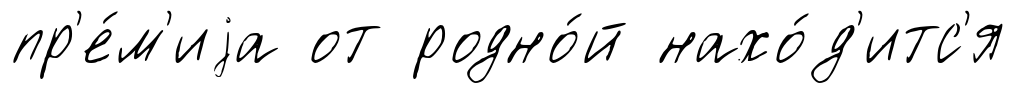
пр'е́м'иjа от родно́й нахо́д'итс'я